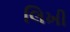
લિખી